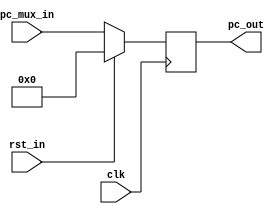
module reg_block_1(
    input   clk,
    input   rst_in,
    input  [31:0] pc_mux_in,
    output [31:0] pc_out 
    );
   
   // pc_out net
   reg [31:0] pc_out_net;
    
   always @ (posedge clk)
   begin
    if (rst_in)
        pc_out_net <= 32'h00000000;
    else 
        pc_out_net <= pc_mux_in;
   end
   
   assign pc_out = pc_out_net;
    
endmodule